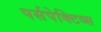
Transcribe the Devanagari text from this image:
पर्सपेक्टिव्स